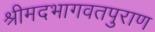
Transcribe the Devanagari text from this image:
श्रीमदभागवतपुराण